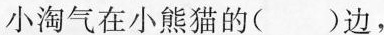
小熊猫小淘气在小熊猫的()边，